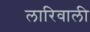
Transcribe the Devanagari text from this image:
लारिवाली